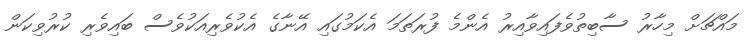
މައްޗަށް މިހާރު ސާބިތުވެފައިވާއިރު އެންމެ ފުރަތަމަ އެކަމުގައި އޭނާގެ އެކުވެރިއަކުވެސް ބައިވެރި ކުރުވިކަން